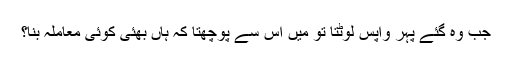
جب وہ گئے پہر واپس لوٹتا تو میں اس سے پوچھتا کہ ہاں بھئی کوئی معاملہ بنا؟